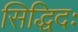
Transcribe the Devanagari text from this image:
सिद्धिदः